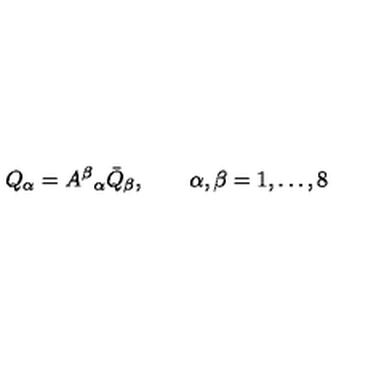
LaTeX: Q _ { \alpha } = { A ^ { \beta } } _ { \alpha } \bar { Q } _ { \beta } , \qquad \alpha , \beta = 1 , \ldots , 8